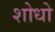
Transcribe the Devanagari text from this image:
शोधो